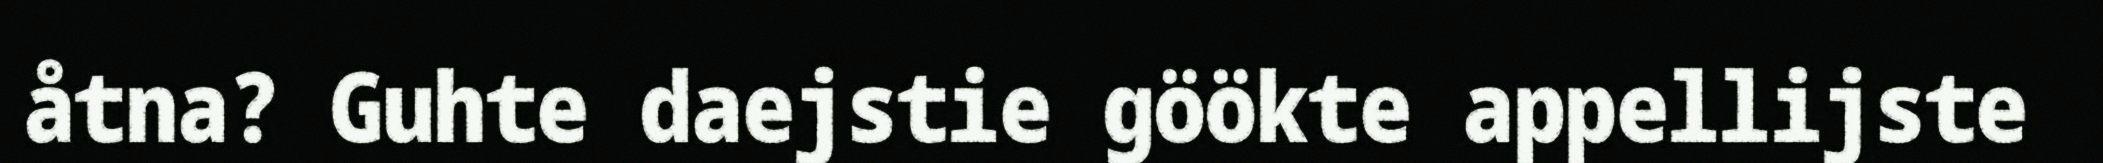
åtna? Guhte daejstie göökte appellijste